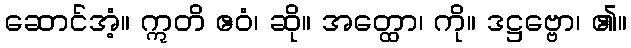
ဆောင်အံ့။ ဣတိ ဧဝံ၊ ဆို။ အတ္ထော၊ ကို။ ဒဋ္ဌဗ္ဗော၊ ၏။